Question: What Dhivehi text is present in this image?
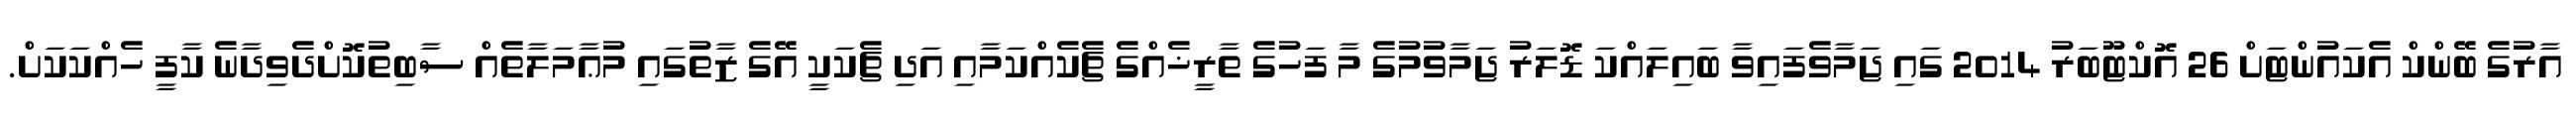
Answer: އާރުގެ ބޭންކް އެކައުންޓަށް 26 އޮކްޓޫބަރު 2014 ގައި ޖަމާވެފައިވާ ބައިލައްކަ ޑޮލަރު ޖަމާވުމުގެ މާ ފަހުގެ ތާރީޚެއްގެ ޗެކެއްކަމާއި އަދި ޗެކަކީ އޭގެ ޒާތުގައި މުޢާމަލާތެއް ސާބިތުކޮށްދެވިދާނެ ކާފީ ހެއްކަކަށް.